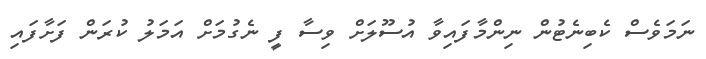
ނަމަވެސް ކެބިނެޓުން ނިންމާފައިވާ އުސޫލަށް ވިސާ ފީ ނެގުމަށް އަމަލު ކުރަން ފަށާފައި